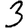
Digit: 3